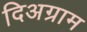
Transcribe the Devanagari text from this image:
दिअग्राम